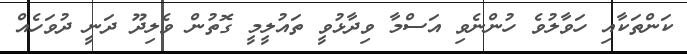
ކަންތަކާއި ހަވާލުވެ ހުންނެވި އަސްމާ ވިދާޅުވީ ތައުލީމީ ގޮތުން ވެލިދޫ ދަނީ ދުވަހެއް